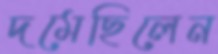
দমেছিলেন